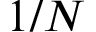
1 / N